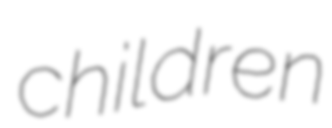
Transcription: children